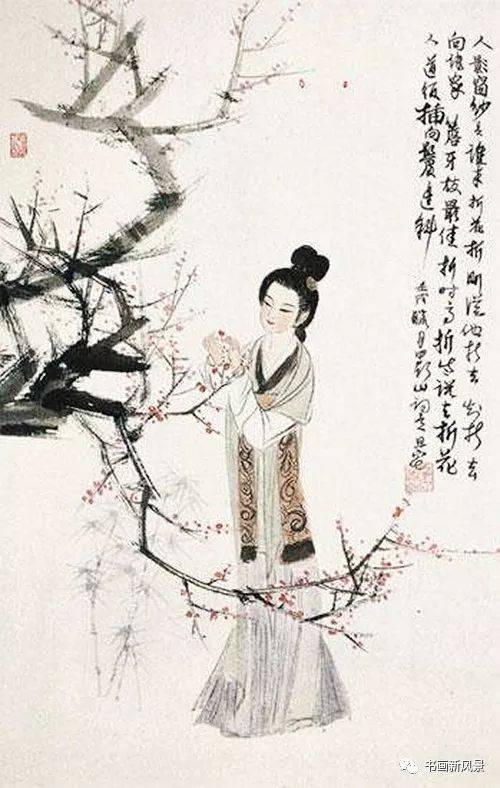
粉堕百花洲，香残燕子楼。